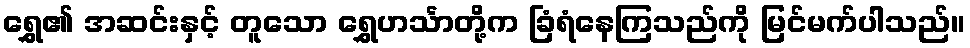
ရွှေ၏ အဆင်းနှင့် တူသော ရွှေဟင်္သာတို့က ခြံရံနေကြသည်ကို မြင်မက်ပါသည်။